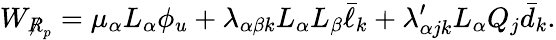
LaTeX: W_{\not R_{p}}=\mu_{\alpha}L_{\alpha}\phi_{u}+\lambda_{\alpha\beta k}L_{\alpha}L_{\beta}\bar{\ell}_{k}+\lambda_{\alpha jk}^{\prime}L_{\alpha}Q_{j}\bar{d}_{k}.